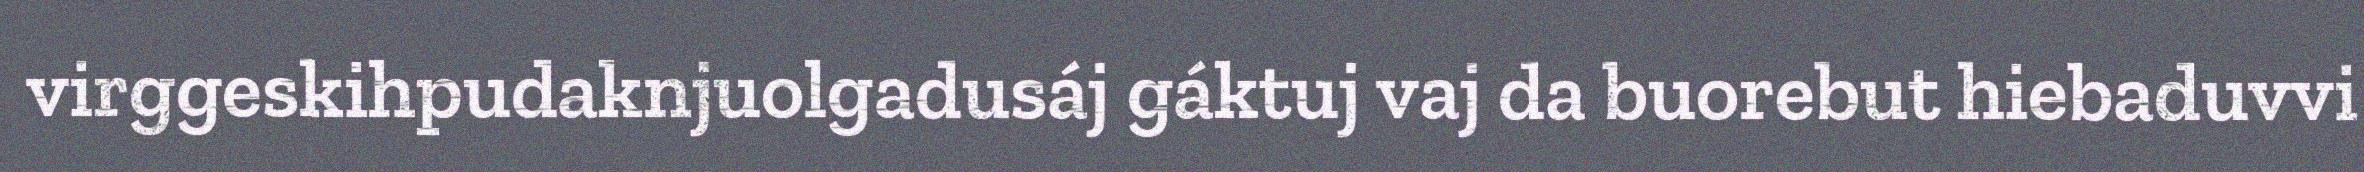
virggeskihpudaknjuolgadusáj gáktuj vaj da buorebut hiebaduvvi